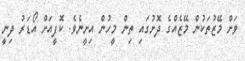
ވަށް މޭޒުތަކުން މޭޒެއްގެ ދޮށުގައި ތިން މީހުން އިށީނެވެ. ކޮފީއަށް އޯޑަރު ދިނީ